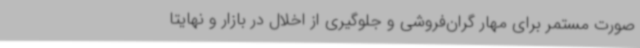
صورت مستمر برای مهار گران‌فروشی و جلوگیری از اخلال در بازار و نهایتا